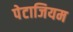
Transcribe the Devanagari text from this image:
पेटाजियम